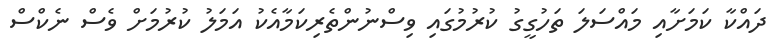
ދައްކާ ކަމަށާއި މައްސަލަ ތަހުގީގު ކުރުމުގައި ވިސްނުންތެރިކަމާއެކު އަމަލު ކުރުމަށް ވެސް ނެކްސް